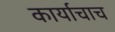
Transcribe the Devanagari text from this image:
कार्याचाच